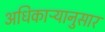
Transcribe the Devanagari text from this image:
अधिकाऱ्यानुसार